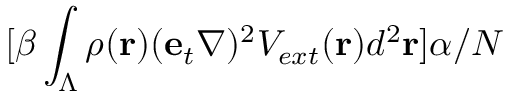
[ \beta \int _ { \Lambda } \rho ( { \bf r } ) ( { \bf e } _ { t } \nabla ) ^ { 2 } V _ { e x t } ( { \bf r } ) d ^ { 2 } { \bf r } ] \alpha / N